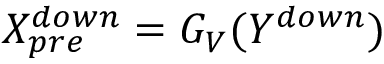
X _ { p r e } ^ { d o w n } = G _ { V } ( Y ^ { d o w n } )